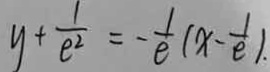
y + \frac { 1 } { e ^ { 2 } } = - \frac { 1 } { e } ( x - \frac { 1 } { e } ) _ { \cdot }